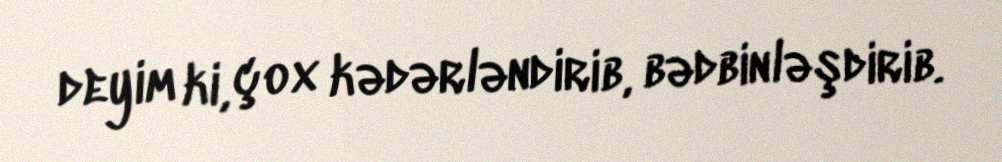
deyim ki, çox kədərləndirib, bədbinləşdirib.